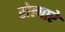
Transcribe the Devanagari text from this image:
वोल्गारे